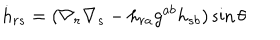
{ \dot { h } } _ { r s } = ( \nabla _ { r } \nabla _ { s } - h _ { r a } g ^ { a b } h _ { s b } ) \sin \theta